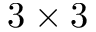
3 \times 3